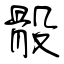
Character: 骰